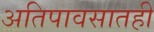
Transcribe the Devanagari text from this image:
अतिपावसातही